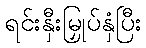
ရင်းနှီးမြှုပ်နှံပြီး